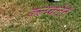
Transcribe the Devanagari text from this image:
कल्प्कतेने